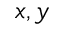
x , y